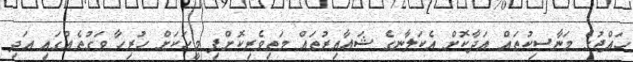
ހައްޖުގެ މަނާސިކުތައް އަދާކޮށް އެކަލާނގެ ޝަޢާއިރުތައް މަތިވެރިކޮށްފި މީހަކަށް ހުރިހާ ވަގުތެއްގައި އަދި